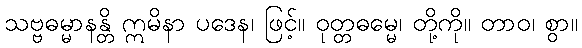
သဗ္ဗဓမ္မာနန္တိ ဣမိနာ ပဒေန၊ ဖြင့်။ ဝုတ္တဓမ္မေ၊ တို့ကို။ တာဝ၊ စွာ။